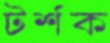
টর্শক